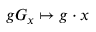
g G _ { x } \mapsto g \cdot x